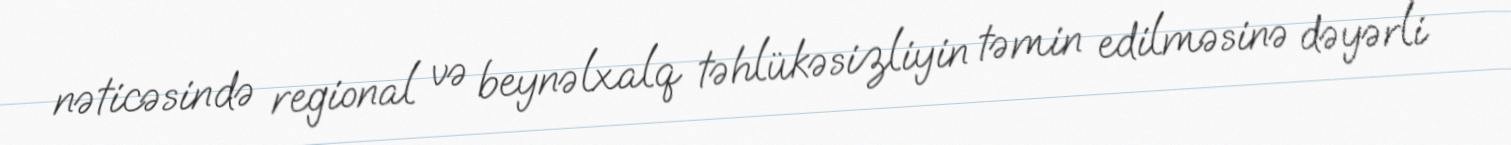
nəticəsində regional və beynəlxalq təhlükəsizliyin təmin edilməsinə dəyərli